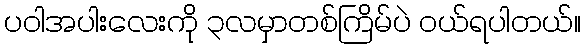
ပဝါအပါးလေးကို ၃လမှာတစ်ကြိမ်ပဲ ဝယ်ရပါတယ်။